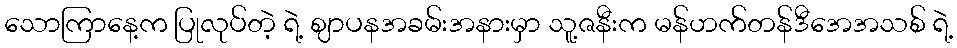
သောကြာနေ့က ပြုလုပ်တဲ့ ရဲ့ ဈာပနအခမ်းအနားမှာ သူ့ဇနီးက မန်ဟက်တန်ဒီအေအသစ် ရဲ့